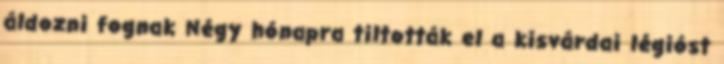
áldozni fognak Négy hónapra tiltották el a kisvárdai légióst